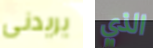
يريدنى الذي